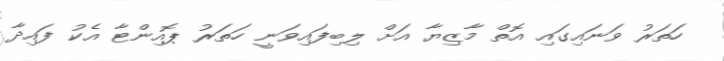
ހަތަރު ވަނައިގައި އޮތް މާޒިޔާ އަށް ލިބިފައިވަނީ ހަތަރު ޕޮއިންޓާ އެކު ފައިދާ